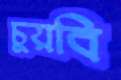
চুয়বি